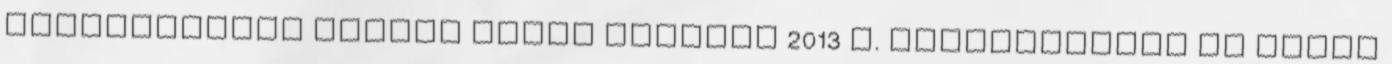
Magyarország bruttó hazai terméke 2013 I. negyedévében az előző